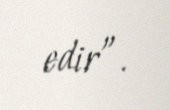
edir”.